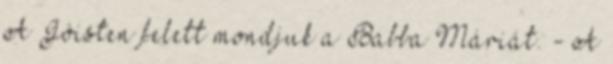
A Jóisten felett mondjuk a Babba Máriát. - A